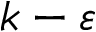
k - \varepsilon